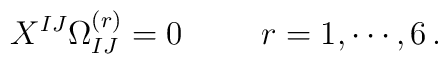
X^{IJ} \Omega_{IJ}^{(r)} = 0\hskip 1truecm r = 1,\cdots ,6\, .